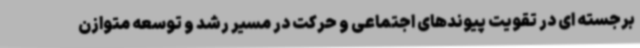
برجسته ای در تقویت پیوندهای اجتماعی و حرکت در مسیر رشد و توسعه متوازن